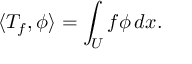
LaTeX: \langle T _ { f } , \phi \rangle = \int _ { U } f \phi \, d x .